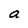
Character: a